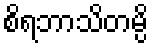
စိရဘာသိတမ္ပိ